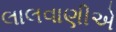
લાલવાણીએ